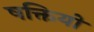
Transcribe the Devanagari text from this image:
षक्तियों